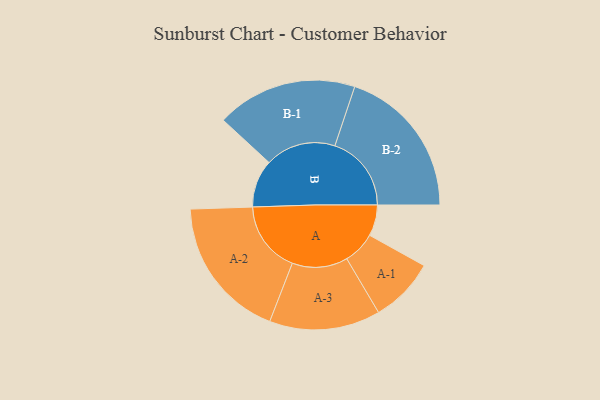
{"axis": {"x": "Segment", "y": "Value"}, "legend": ["", "A", "B"], "data": [{"x": "A", "y": 108, "type": ""}, {"x": "B", "y": 166, "type": ""}, {"x": "A-1", "y": 113, "type": "A"}, {"x": "A-2", "y": 249, "type": "A"}, {"x": "A-3", "y": 193, "type": "A"}, {"x": "B-1", "y": 245, "type": "B"}, {"x": "B-2", "y": 266, "type": "B"}]}